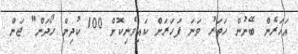
އަހަރެން ބޭނުން ހަތަރު ވަނަ ފަހަރަށް ކައިވެނިކޮށް 100 ކުދިން ހޯދަން" ޖަން